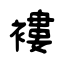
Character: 褸